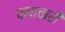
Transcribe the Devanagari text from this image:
पापाचारी